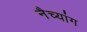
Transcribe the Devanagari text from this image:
नैच्यांग